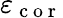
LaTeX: \varepsilon_{\mathrm{~c~o~r~}}